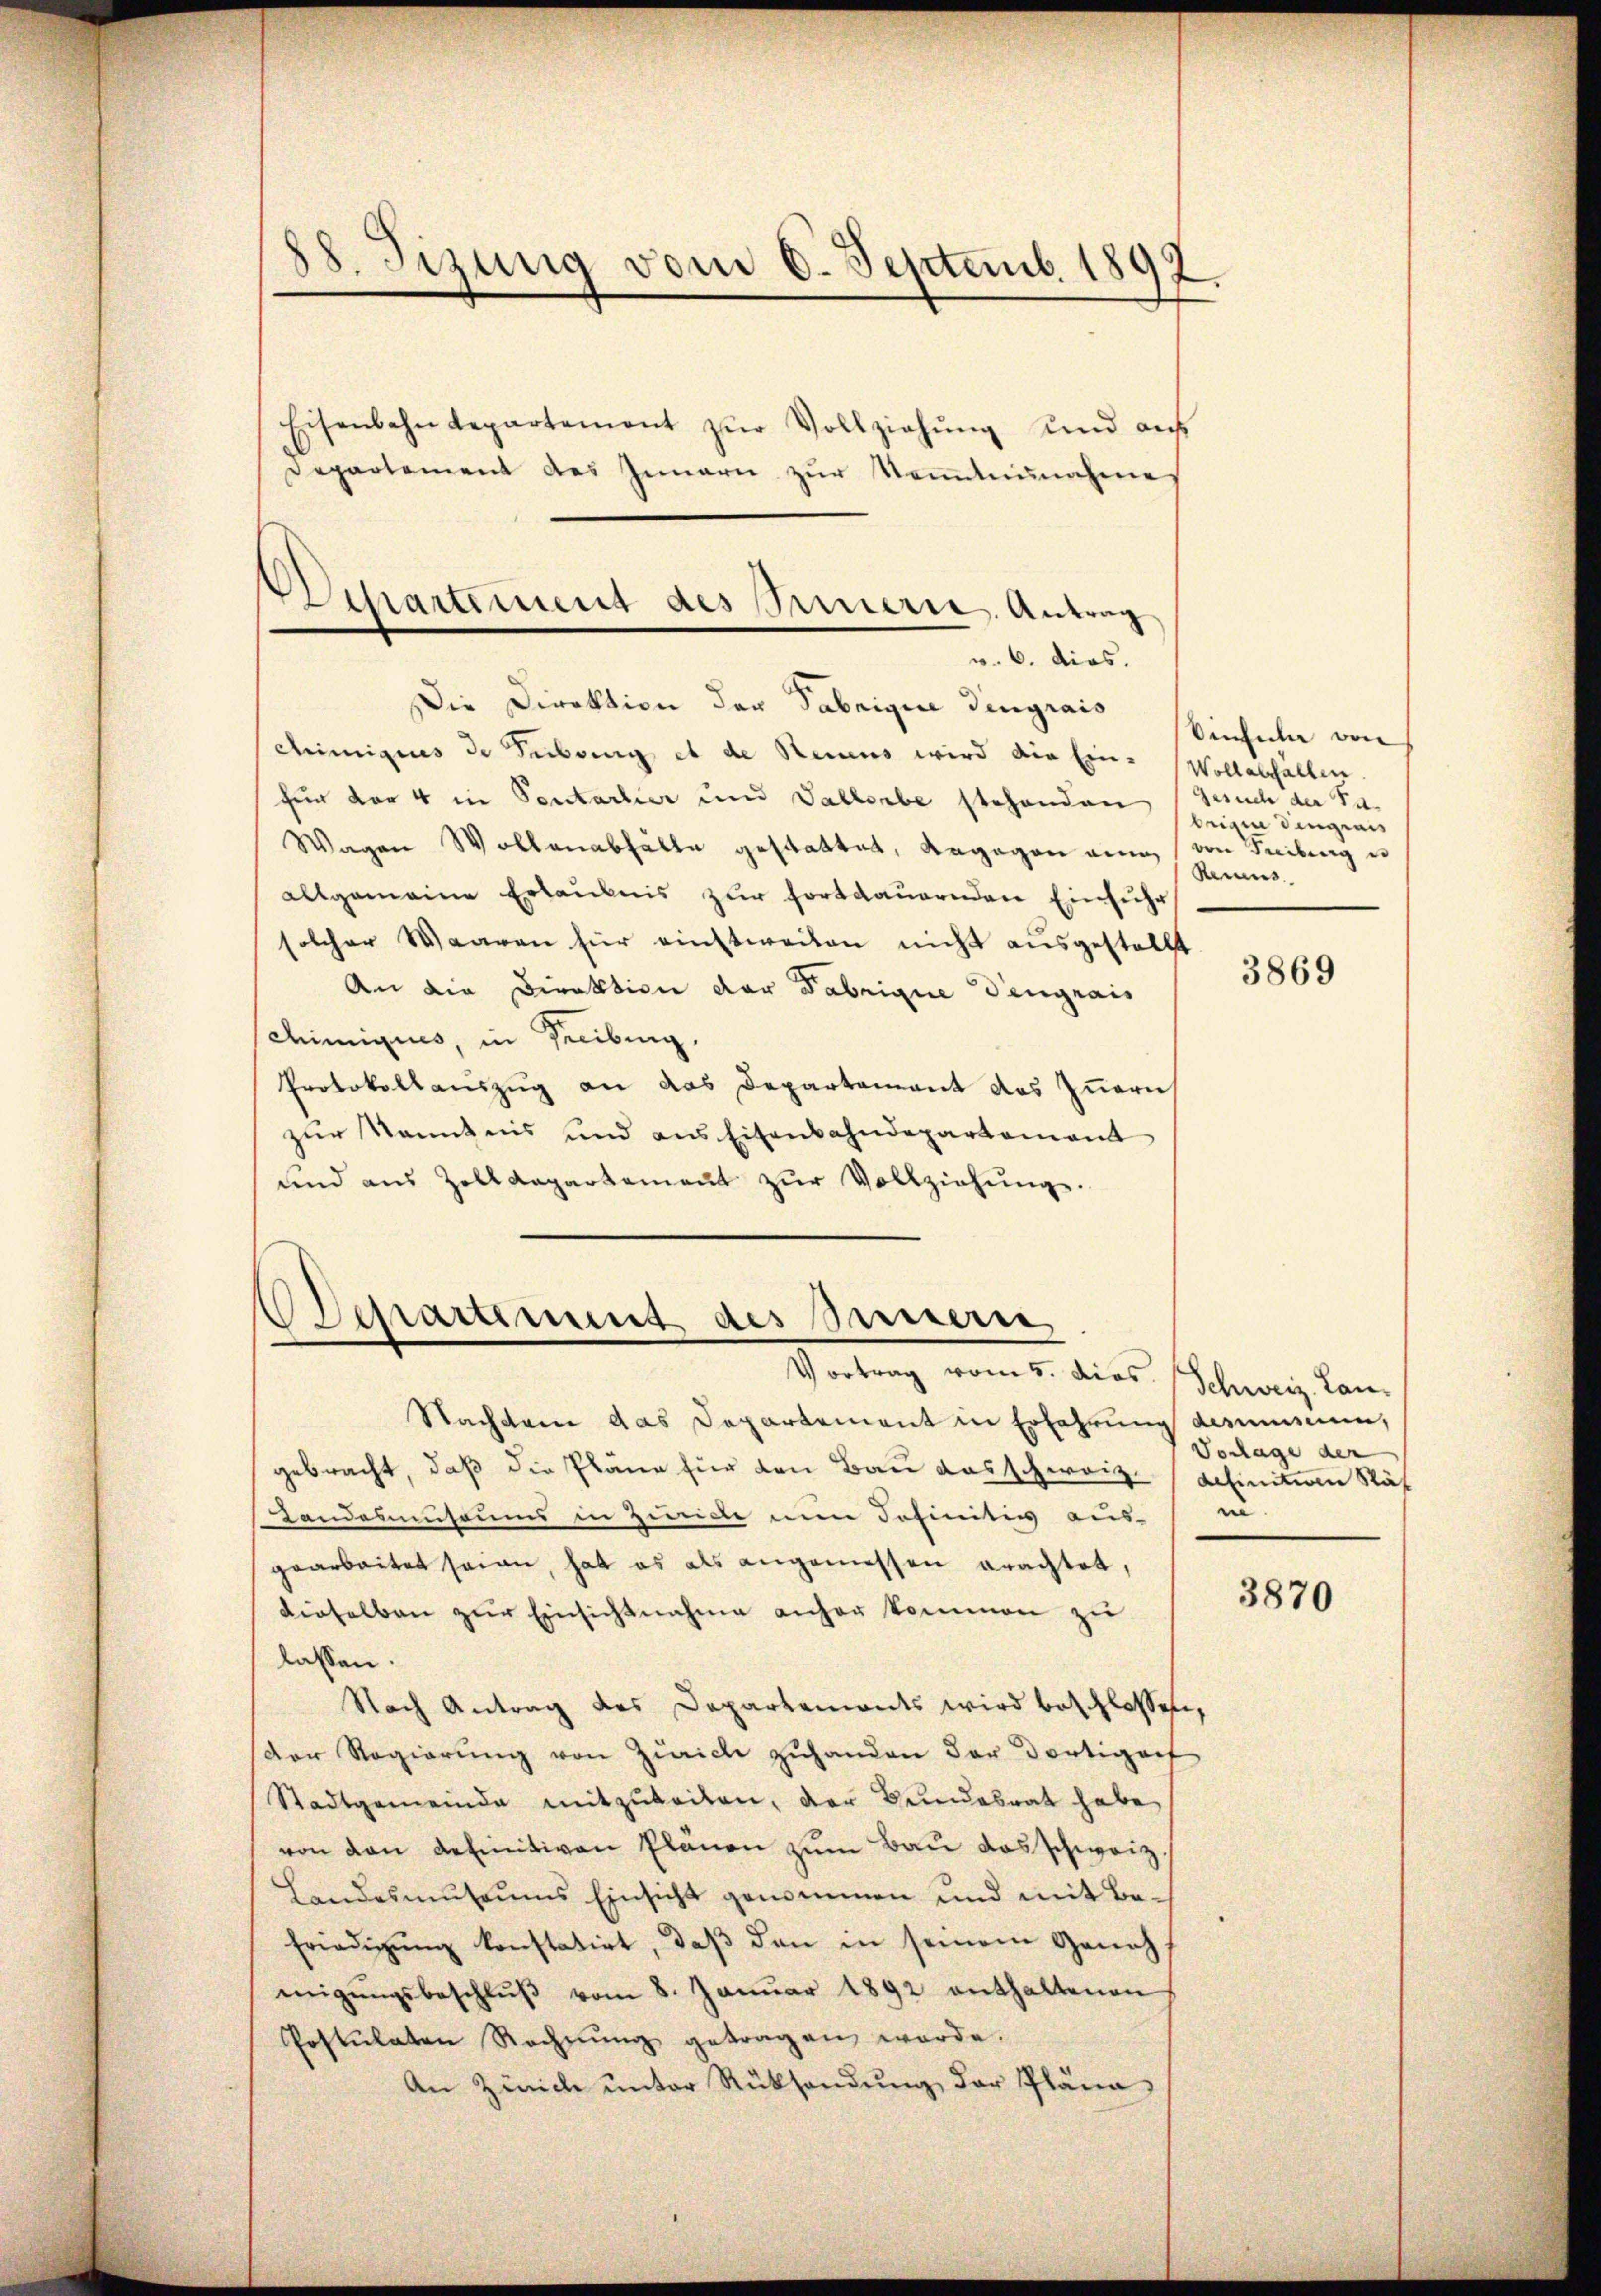
88. Sizung vom 6. Septemb. 1892.

Eisenbahndepartement zŭr Vollziehŭng und auf
Departement des Innern zŭr Kenntnŭnahme
Die Direktion der Fabrique dengrais
Chimignis de Tubung et de Neuens wird die Ein- Wollabfällen.
für der 4 in Pentarlier und Vallerbe stehenden Gesuch der Pa¬
Wagen Wollenabfälle gestattet, angegen eine von Freibung u
allgemeine Erlaubnis zur Fortdauernden Einführ
solcher Waaren für einstweilen nicht ausgestellt
An die Direktion der Fabrique Dengrais
chimiques, in Freibung,
Protokollauszug an das Departement das Innern,
zur Kenntnis und aus Eisenbahndepartement
und aus Zolldepartement zŭr Vollziehŭng.

Departement des Innern Antrag
v. 6. dies.

Departement des Sinnern,
Vortrag vom 5. dies (Schweiz. Lan¬

Nachten das Departement in Erfahrung dessen,
gebracht, daß die Pläne für den Bau das schweiz. definitien Näf
Landesmeusaums in Zürich nun Sefinitiv aus in
gearbeitet seien, hat es als angemessen erachtet,
dieselben zŭr Einsichtnahme anher kommen zu
lassen.
Nach Antrag des Departements wird beschlossen,
Der Regierŭng von Zürich zŭhanden der dortigof
Stadtgemeinde mitzubeiten, der Bundesrat habe,
von den definitiven Plänen zum Bau das schweiz.
Landesmuseums Einsicht genommen und mit Be¬
Friedigŭng konstatirt, daβ den in seinem Geneh
migŭngsbeschlŭβ vom 8. Janŭar 1892 enthaltenen
Postulaten Rechnŭng getragen werde.
An Zürich unter Rücksendung der Pläne

Sinfula von
beigen Dingeri
Reines

3869

Vorlage der

3870